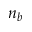
n _ { b }